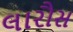
લારૌસ